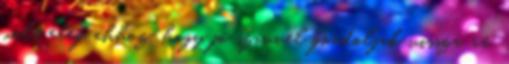
volt elég ahhoz, hogy jó szívvel gondoljak vissza rá.